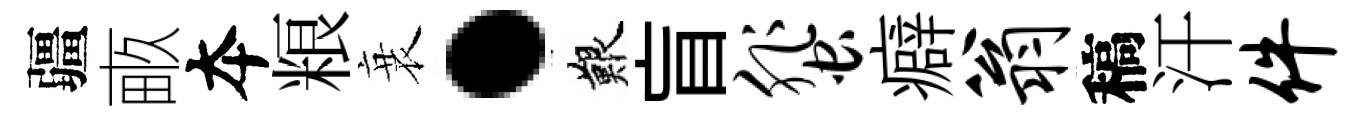
疆畞夲粮衰·艱盲蜚癖翁稿汗件